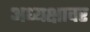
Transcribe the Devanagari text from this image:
अध्यक्षावर